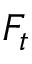
F _ { t }